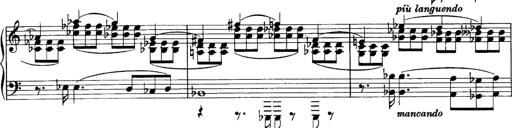
Title: Sonatina No.6
Composer: Ferruccio Busoni